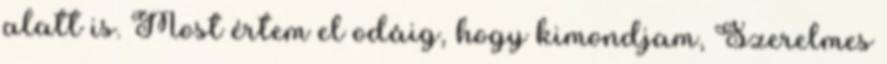
alatt is. Most értem el odáig, hogy kimondjam, Szerelmes